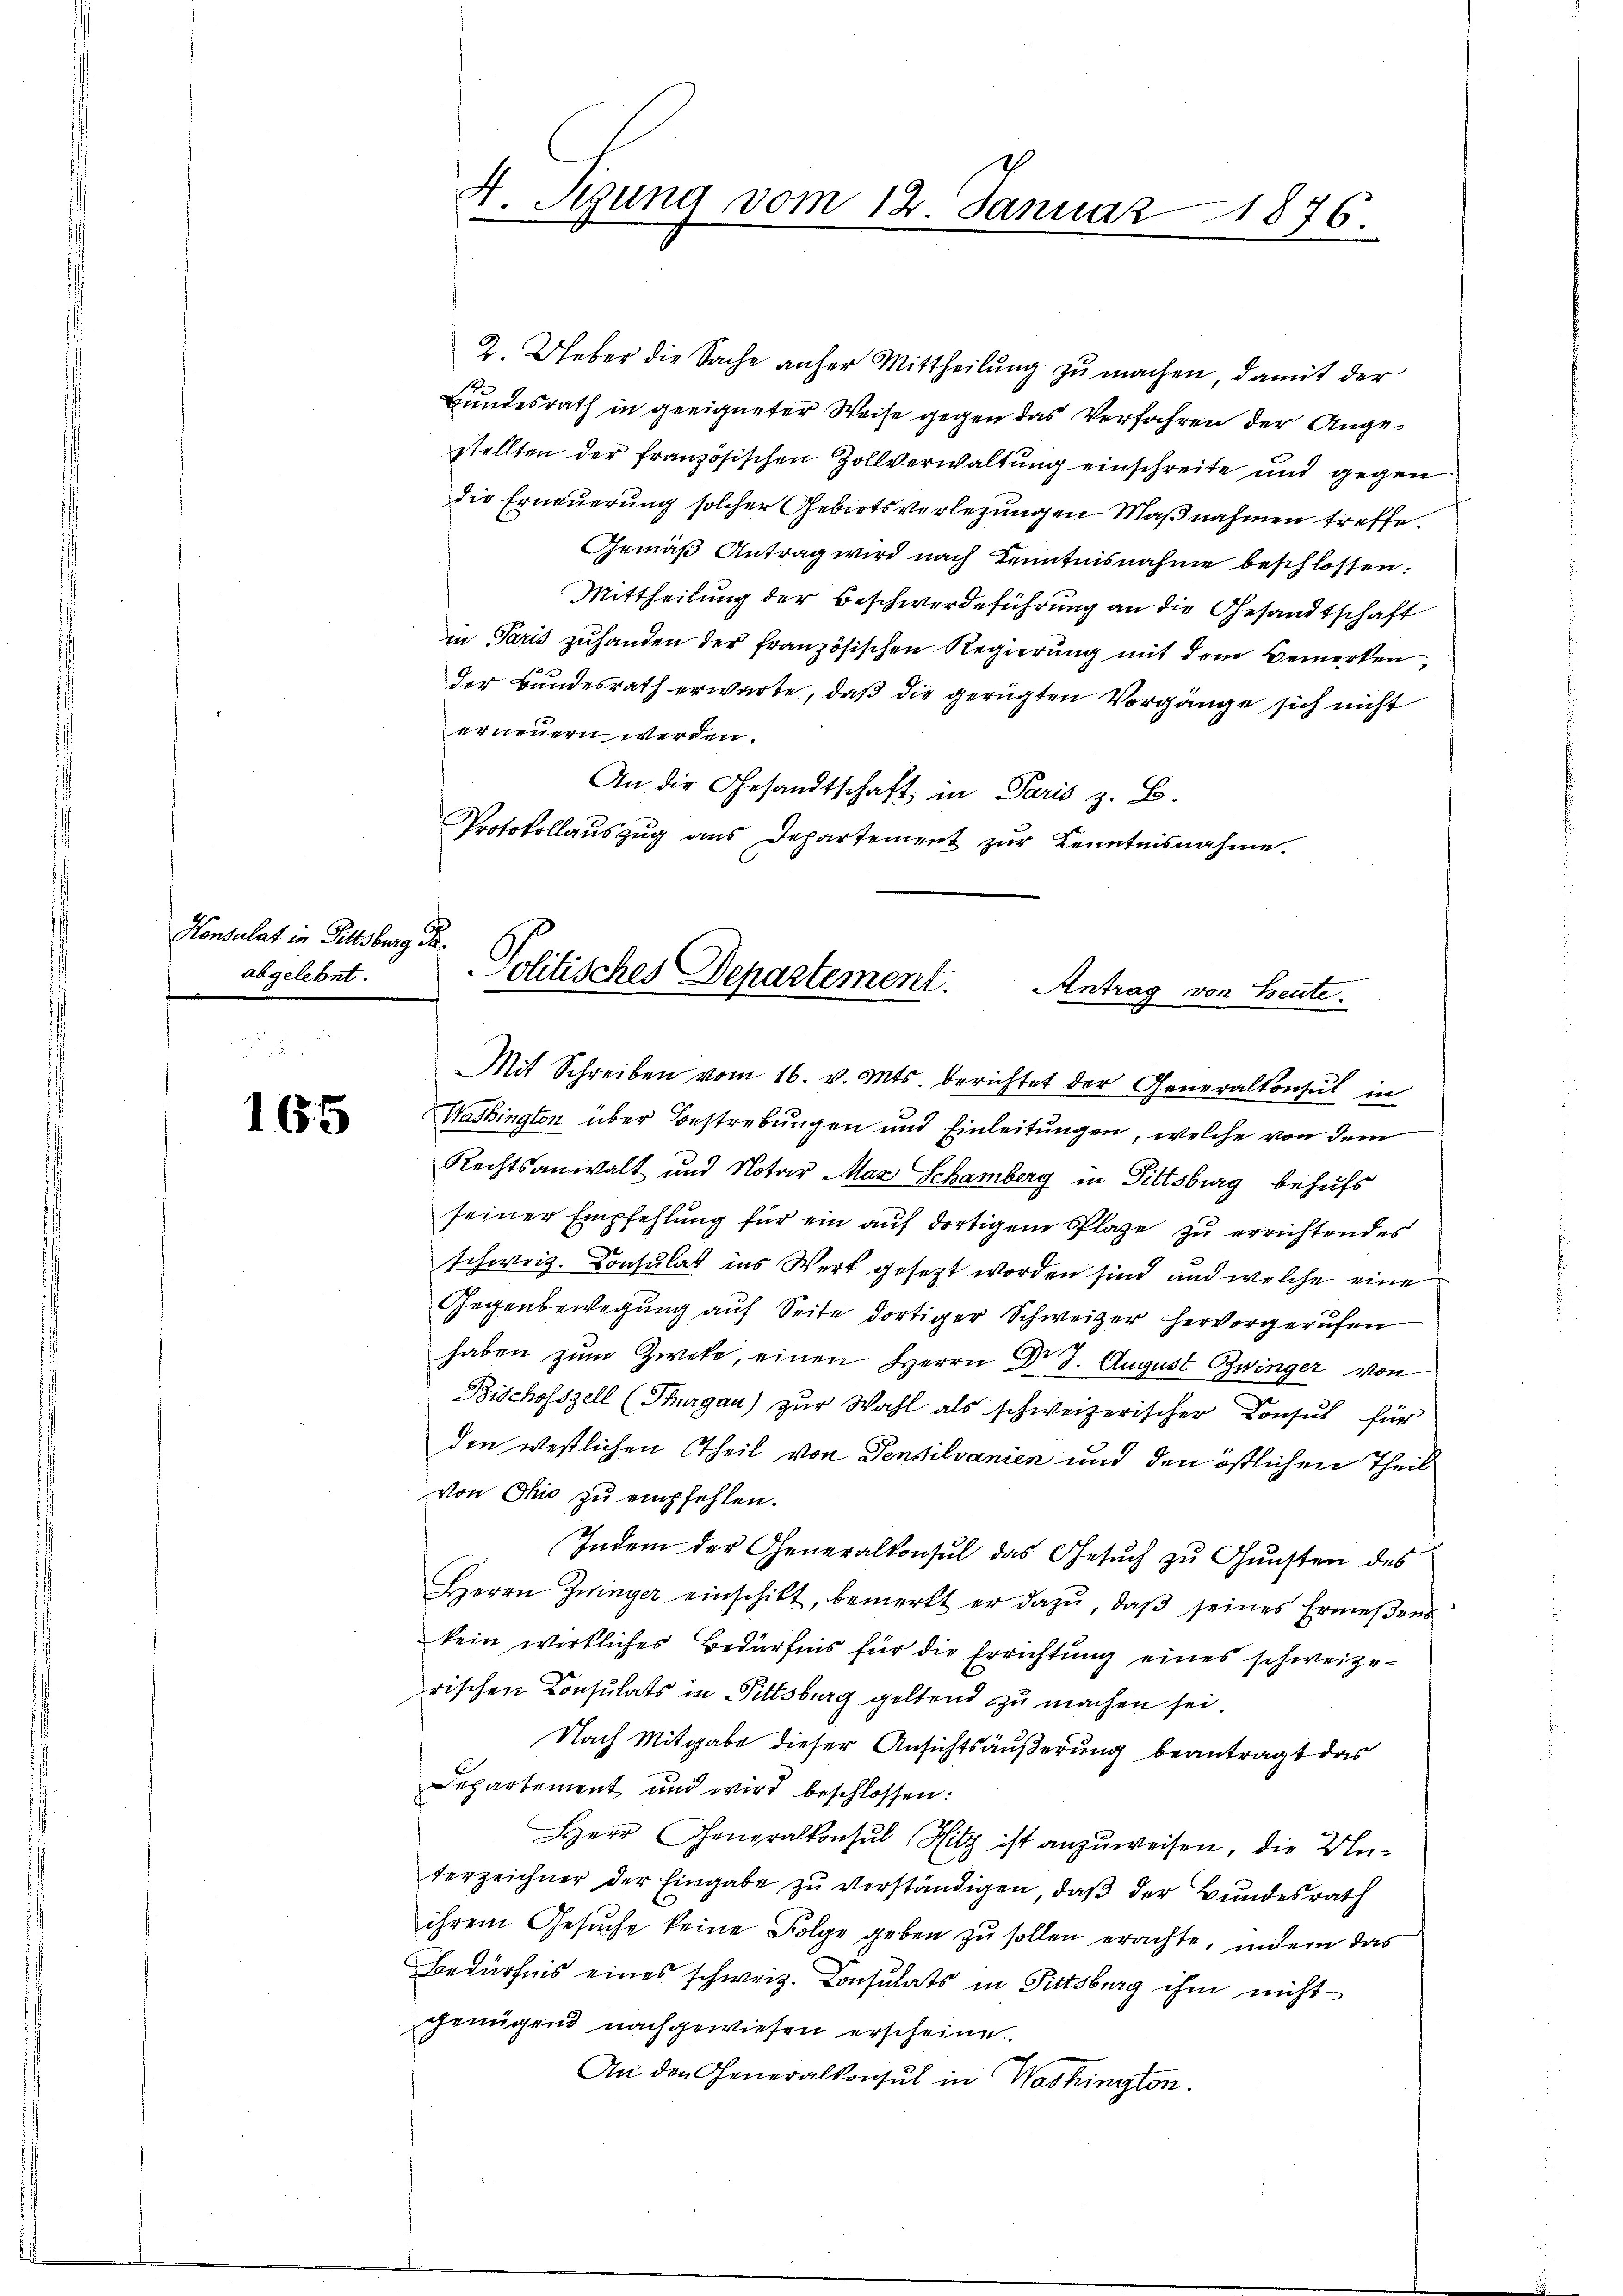
Konsulat in Pittsburg Saabgelehnt.

165

2. Ueber die Sache anher Mittheilung zu machen, damit der
Bundesrath in geeigneter Weise gegen das Verfahren der Angestellten der französischen Zollverwaltung einschreite und gegen
die Erneuerung solcher Gebiets verlegungen Maßnahmen treffe.
Gemäß Antrag wird nach Kenntnisnahme beschlossen:
Mittheilung der Beschwerdeführung an die Gesandtschaft
in Paris zuhanden der französischen Regierung mit dem Bemerken,
der Bundesrath erwarte, daß die gerügten Vorgänge sich nicht
erneuern werden.
An die Gesandtschaft in Paris z. B.
Protokollauszug aus Departement zŭr Kenntnisnahme.

4. Sigung vom 12. Januar 1876.

Politisches Departement.
Antrag von Beute.

Mit Schreiben vom 16. v. Mts. berichtet der Generalkonsul in
Washington über Bestrebungen und Einleitungen, welche von dem
Rechtsanwalt und Notar Mar Schamberg in Tittsburg behufs
seiner Empfehlung für ein auf dortigem Plaze zu errichtendes
schweiz. Consulat ins Werk gesezt worden sind, und welche eine
Gegenbewegung auf Seite dortiger Schweizer hervorgerufen
haben zum Zweke, einen Herrn Dr 8. August zwinger von
Bischofszell (Thurgau) zŭr Wahl als schweizerischer Consul für
den westlichen Theil von Pensilvanien und den östlichen Theil
von Chio zu empfehlen.
Indem der Generalkonsul das Gesuch zu Gunsten des
Herrn Zwinger einschikt, bemerkt er dazu, daβ seines Ermeßens
kein wirkliches Bedürfnis für die Errichtung eines schweizerischen Consulats in Pittsburg geltend zu machen sei.
Nach Mitgabe dieser Ansichtsäußerung beantragt das
Departement und wird beschlossen:
Herr Generalkonsul Hitz ist anzuweisen, die Unterzeichner der Eingabe zu verständigen, daß der Bundesrath
ihrem Gesuche keine Folge geben zu sollen erachte, indem das
Bedürfnis eines schweiz. Consulats in Fittsburg ihm nicht
genügend nachgewiesen erscheine.
An den Generalkonsul in Washington.